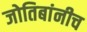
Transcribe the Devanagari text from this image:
जोतिबांनीच